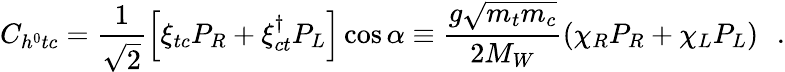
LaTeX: C_{h^{0}tc}=\frac{1}{\sqrt{2}}\left[\xi_{tc}P_{R}+\xi_{ct}^{\dagger}P_{L}\right]\cos\alpha\equiv\frac{g\sqrt{m_{t}m_{c}}}{2M_{W}}(\chi_{R}P_{R}+\chi_{L}P_{L})\, \, \, \, .